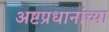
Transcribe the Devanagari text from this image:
अष्टप्रधानांच्या